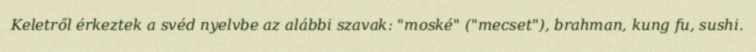
Keletről érkeztek a svéd nyelvbe az alábbi szavak: "moské" ("mecset"), brahman, kung fu, sushi.